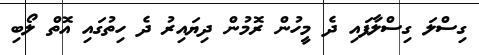
ގިސްލަ ގިސްލާފައި ދެ މީހުން ރޮމުން ދިޔައިރު ދެ ހިތުގައި އޮތް ލޯބި